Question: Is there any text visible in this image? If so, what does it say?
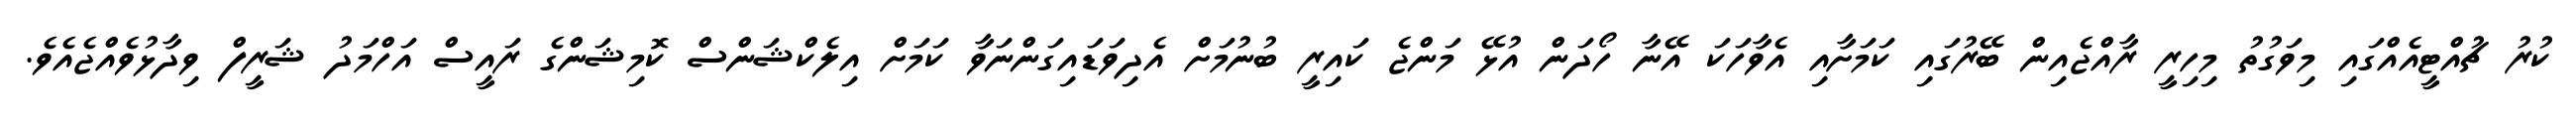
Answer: ކުރު ޗުއްޓީއެއްގައި މިވަގުތު މިހިރީ ރާއްޖެއިން ބޭރުގައި ކަމަށާއި އެވާހަކަ އޭނާ ހޯދަން އުޅޭ މަންޖެ ކައިރީ ބުނުމަށް އެދިވަޑައިގަންނަވާ ކަމަށް އިލެކްޝަންސް ކޮމިޝަންގެ ރައީސް އަހްމަދު ޝަރީފް ވިދާޅުވެއްޖެއެވެ.